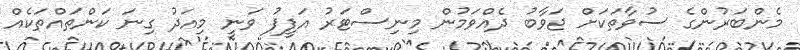
މެންބަރުންގެ ސުވާތަކަށް ޖަވާބު ދެއްވަމުން މިނިސްޓަރު އަފީފު ވަނީ މިއަދު ގިނަ ކަންތައްތަކެއް